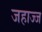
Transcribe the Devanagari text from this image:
जहाज्ज